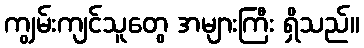
ကျွမ်းကျင်သူတွေ အများကြီး ရှိသည်။